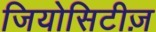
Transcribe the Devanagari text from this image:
जियोसिटीज़